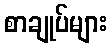
စာချုပ်များ